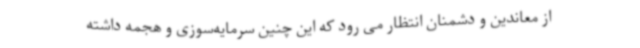
از معاندین و دشمنان انتظار می رود که این چنین سرمایه‌سوزی و هجمه داشته